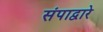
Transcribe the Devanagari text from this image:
संपाद्वारे